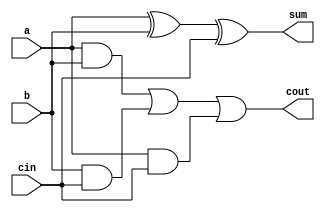
module full_adder(input a, input b, input cin, output sum, output cout);

  // Calculate sum bit using XOR gates
  wire s1, s2;
  xor gate1(s1, a, b);
  xor gate2(sum, s1, cin);
  
  // Calculate carry out bit using AND gates
  wire c1, c2, c3;
  and gate3(c1, a, b);
  and gate4(c2, b, cin);
  and gate5(c3, a, cin);
  
  or gate6(cout, c1, c2, c3);
  
endmodule